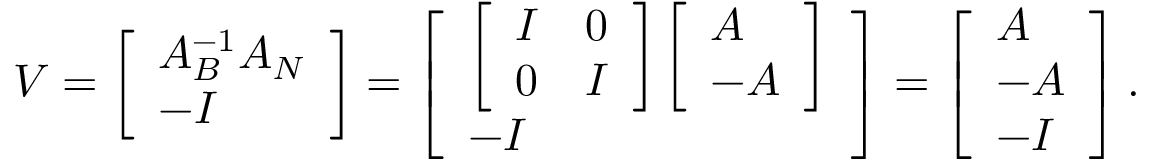
V = \left[ \begin{array} { l } { A _ { B } ^ { - 1 } A _ { N } } \\ { - I } \end{array} \right] = \left[ \begin{array} { l } { \left[ \begin{array} { l l } { I } & { 0 } \\ { 0 } & { I } \end{array} \right] \left[ \begin{array} { l } { A } \\ { - A } \end{array} \right] } \\ { - I } \end{array} \right] = \left[ \begin{array} { l } { A } \\ { - A } \\ { - I } \end{array} \right] .